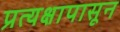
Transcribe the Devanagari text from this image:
प्रत्यक्षापासून